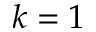
k = 1